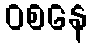
ဝစနေ